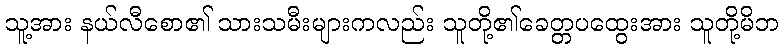
သူ့အား နယ်လီစော၏ သားသမီးများကလည်း သူတို့၏ခေတ္တပထွေးအား သူတို့မိဘ